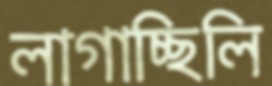
লাগাচ্ছিলি